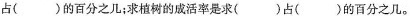
占( )的百分之几；求植树的成活率是求( )占( )的百分之几。